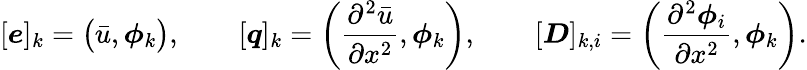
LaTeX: [\boldsymbol{e}]_{k}=\big(\bar{u},\boldsymbol{\phi}_{k}\big),\qquad[\boldsymbol{q}]_{k}=\bigg(\frac{\partial^{2}\bar{u}}{\partial x^{2}},\boldsymbol{\phi}_{k}\bigg),\qquad[\boldsymbol{D}]_{k,i}=\bigg(\frac{\partial^{2}\boldsymbol{\phi}_{i}}{\partial x^{2}},\boldsymbol{\phi}_{k}\bigg).